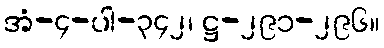
အံ-၄-ပါ-၃၄၂၊ ဋ္ဌ-၂၉၁-၂၉၆။